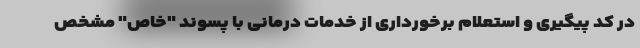
در کد پیگیری و استعلام برخورداری از خدمات درمانی با پسوند "خاص" مشخص